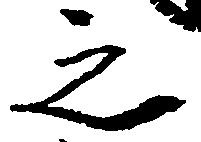
之